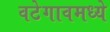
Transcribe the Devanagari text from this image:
वटेगावमध्ये